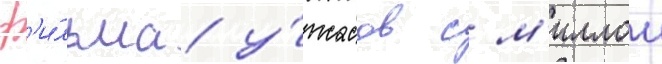
ф'и́льма у́жасов с м'иллои